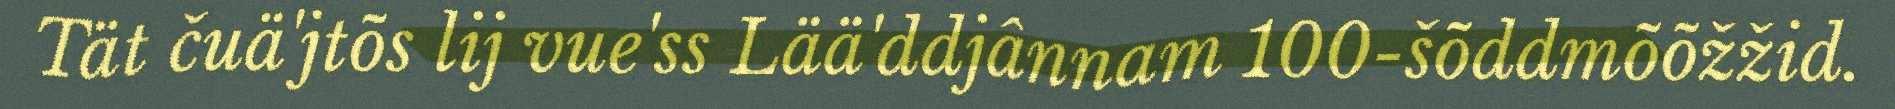
Tät čuä'jtõs lij vue'ss Lää'ddjânnam 100-šõddmõõžžid.